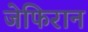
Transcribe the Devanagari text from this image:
जेफिरान